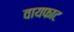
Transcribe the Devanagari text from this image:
वायफाट